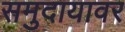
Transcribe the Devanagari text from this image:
समुदायावर